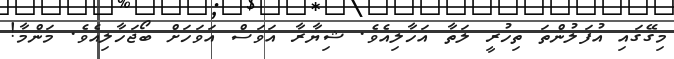
މިގޭގައި އުފަލުންތަ ތިހުރީ ލަތާ އަހާލިއެވެ. ޝިޔާރާ އަވަސް އަވަހަށް ބޯޖަހާލިއެވެ. މަންމާ!